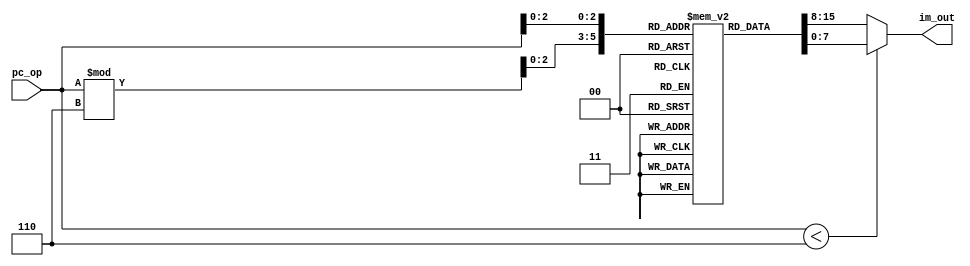
`timescale 1ns / 1ps
//////////////////////////////////////////////////////////////////////////////////
// Company: 
// Engineer: 
// 
// Design Name: 
// Module Name: instruction_memory
// Project Name: 
// Target Devices: 
// Tool Versions: 
// Description: 
// 
// Dependencies: 
// 
// Revision:
// Revision 0.01 - File Created
// Additional Comments:
// 
//////////////////////////////////////////////////////////////////////////////////


module instruction_memory(
    input [7:0] pc_op,
    output [7:0] im_out
);
    reg [7:0] mem[7:0];
    initial
    begin    
        mem[0] = 8'b01010001;
        mem[1] = 8'b10010010;
        mem[2] = 8'b01110010;
        mem[3] = 8'b00010010;
        mem[4] = 8'b00110010;
        mem[5] = 8'b00010010;
        mem[6] = 8'b10100001;
       
    end
        assign im_out = (pc_op[7:0] < 6) ? mem[pc_op[7:0]]:mem[pc_op[7:0]%6];  
endmodule